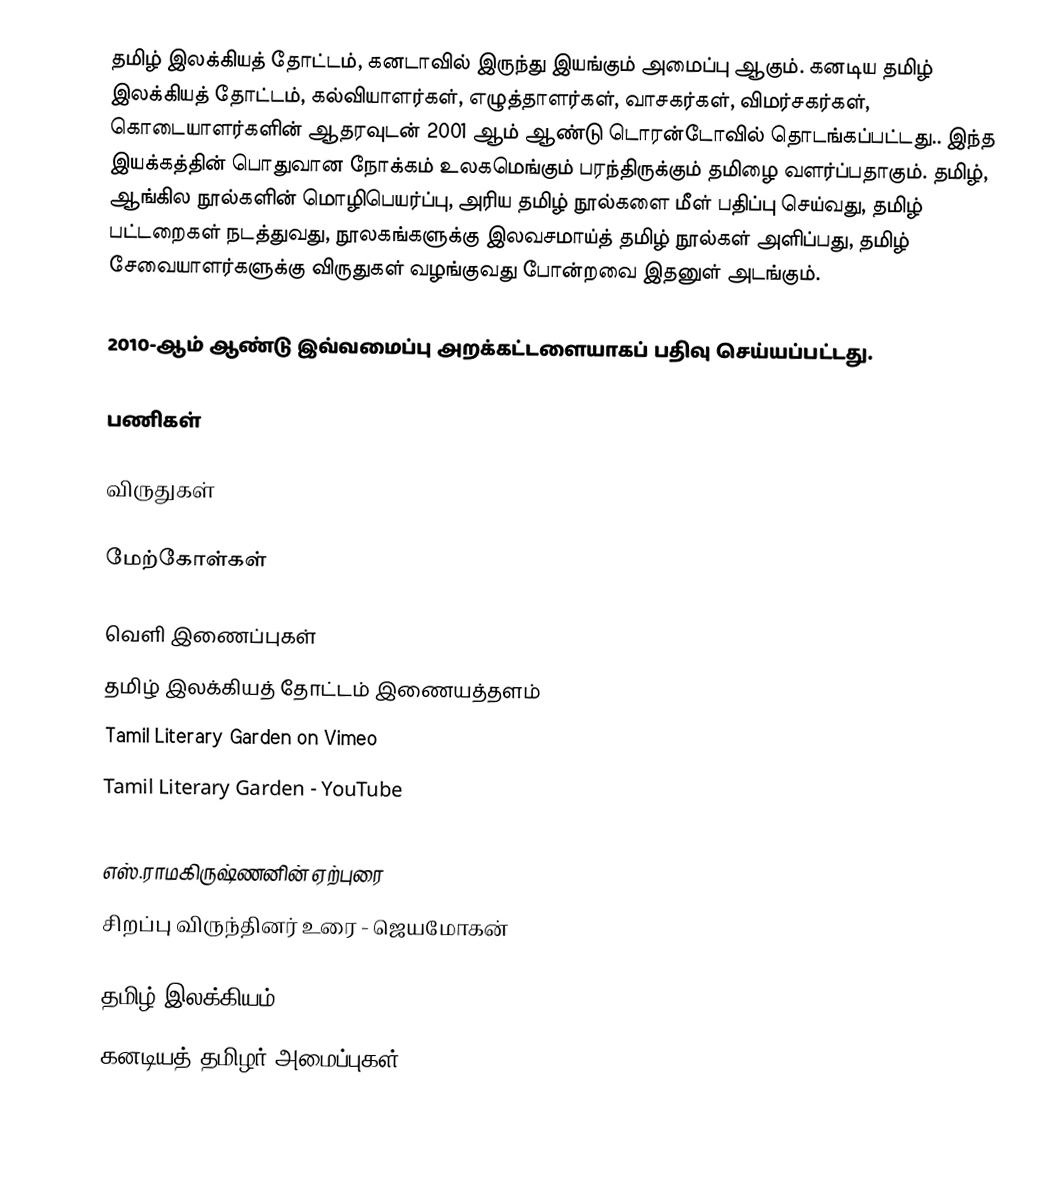
தமிழ் இலக்கியத் தோட்டம், கனடாவில் இருந்து இயங்கும் அமைப்பு ஆகும். கனடிய தமிழ் இலக்கியத் தோட்டம், கல்வியாளர்கள், எழுத்தாளர்கள், வாசகர்கள், விமர்சகர்கள், கொடையாளர்களின் ஆதரவுடன் 2001 ஆம் ஆண்டு டொரன்டோவில் தொடங்கப்பட்டது.. இந்த இயக்கத்தின் பொதுவான நோக்கம் உலகமெங்கும் பரந்திருக்கும் தமிழை வளர்ப்பதாகும். தமிழ், ஆங்கில நூல்களின் மொழிபெயர்ப்பு, அரிய தமிழ் நூல்களை மீள் பதிப்பு செய்வது, தமிழ் பட்டறைகள் நடத்துவது, நூலகங்களுக்கு இலவசமாய்த் தமிழ் நூல்கள் அளிப்பது, தமிழ் சேவையாளர்களுக்கு விருதுகள் வழங்குவது போன்றவை இதனுள் அடங்கும்.

2010-ஆம் ஆண்டு இவ்வமைப்பு அறக்கட்டளையாகப் பதிவு செய்யப்பட்டது.

பணிகள்

விருதுகள்

மேற்கோள்கள்

வெளி இணைப்புகள்
தமிழ் இலக்கியத் தோட்டம் இணையத்தளம்
Tamil Literary Garden on Vimeo
Tamil Literary Garden - YouTube
Tamil Literary Garden - YouTube
எஸ்.ராமகிருஷ்ணனின் ஏற்புரை
சிறப்பு விருந்தினர் உரை - ஜெயமோகன்

தமிழ் இலக்கியம்
கனடியத் தமிழர் அமைப்புகள்